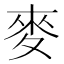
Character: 麥